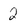
Character: 2